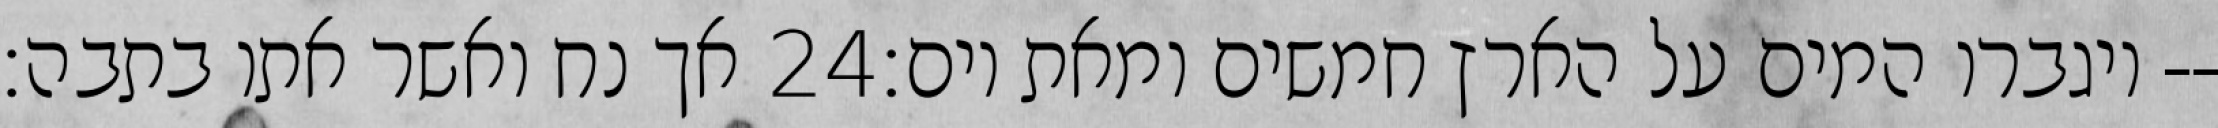
אך נח ואשר אתו בתבה׃ ‎24‏ ויגברו המים על הארץ חמשים ומאת יום׃--